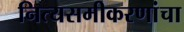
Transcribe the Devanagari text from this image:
नित्यसमीकरणांचा